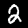
Label: 2